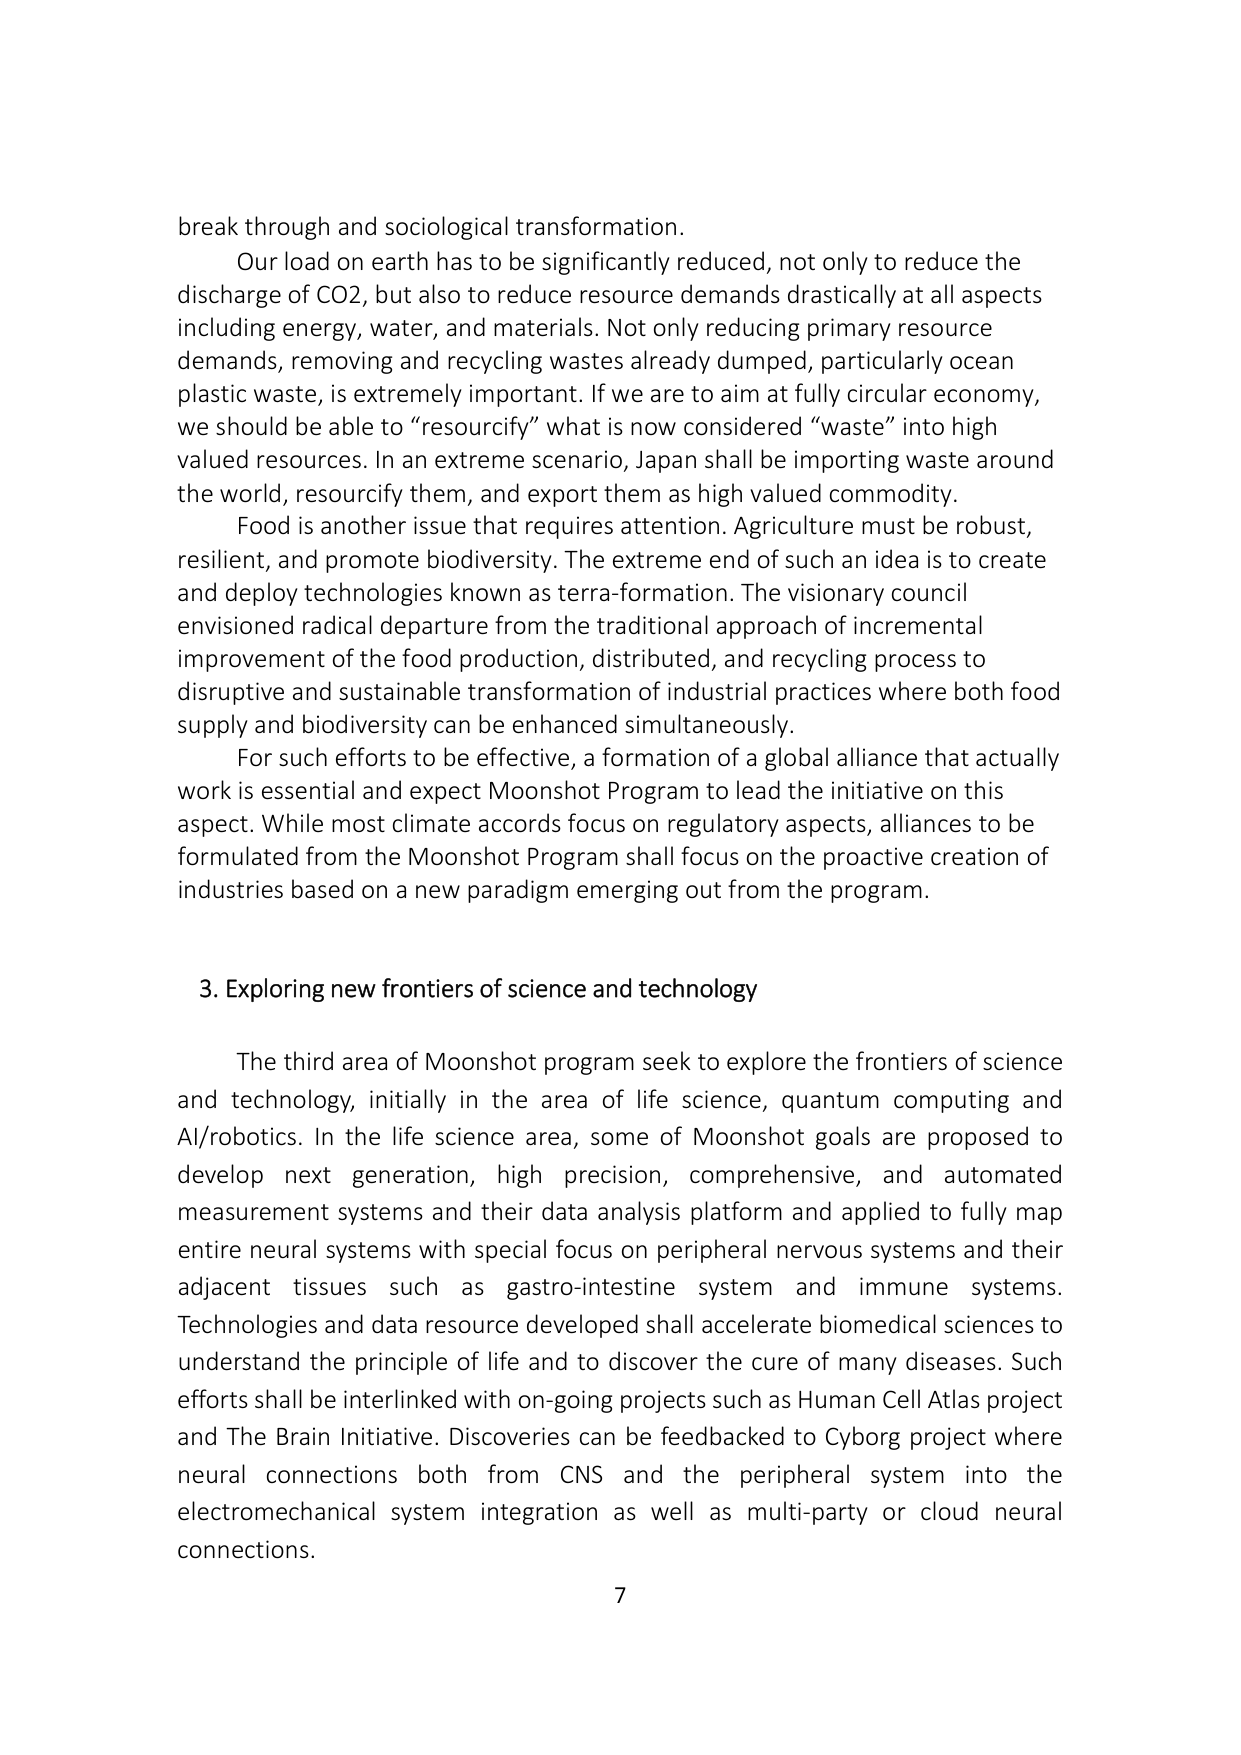
break through and sociological transformation.

Our load on earth has to be significantly reduced, not only to reduce the discharge of CO2, but also to reduce resource demands drastically at all aspects including energy, water, and materials. Not only reducing primary resource demands, removing and recycling wastes already dumped, particularly ocean plastic waste, is extremely important. If we are to aim at fully circular economy, we should be able to “resourcify” what is now considered “waste” into high valued resources. In an extreme scenario, Japan shall be importing waste around the world, resourcify them, and export them as high valued commodity.

Food is another issue that requires attention. Agriculture must be robust, resilient, and promote biodiversity. The extreme end of such an idea is to create and deploy technologies known as terra-formation. The visionary council envisioned radical departure from the traditional approach of incremental improvement of the food production, distributed, and recycling process to disruptive and sustainable transformation of industrial practices where both food supply and biodiversity can be enhanced simultaneously.

For such efforts to be effective, a formation of a global alliance that actually work is essential and expect Moonshot Program to lead the initiative on this aspect. While most climate accords focus on regulatory aspects, alliances to be formulated from the Moonshot Program shall focus on the proactive creation of industries based on a new paradigm emerging out from the program.

3. Exploring new frontiers of science and technology

The third area of Moonshot program seek to explore the frontiers of science and technology, initially in the area of life science, quantum computing and AI/robotics. In the life science area, some of Moonshot goals are proposed to develop next generation, high precision, comprehensive, and automated measurement systems and their data analysis platform and applied to fully map entire neural systems with special focus on peripheral nervous systems and their adjacent tissues such as gastro-intestine system and immune systems. Technologies and data resource developed shall accelerate biomedical sciences to understand the principle of life and to discover the cure of many diseases. Such efforts shall be interlinked with on-going projects such as Human Cell Atlas project and The Brain Initiative. Discoveries can be feedbacked to Cyborg project where neural connections both from CNS and the peripheral system into the electromechanical system integration as well as multi-party or cloud neural connections.

7